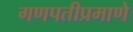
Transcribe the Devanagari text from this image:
गणपतीप्रमाणे